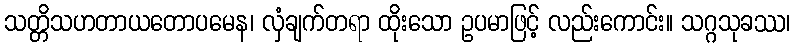
သတ္တိသဟတာယတောပမေန၊ လှံချက်တရာ ထိုးသော ဥပမာဖြင့် လည်းကောင်း။ သဂ္ဂသုခဿ၊